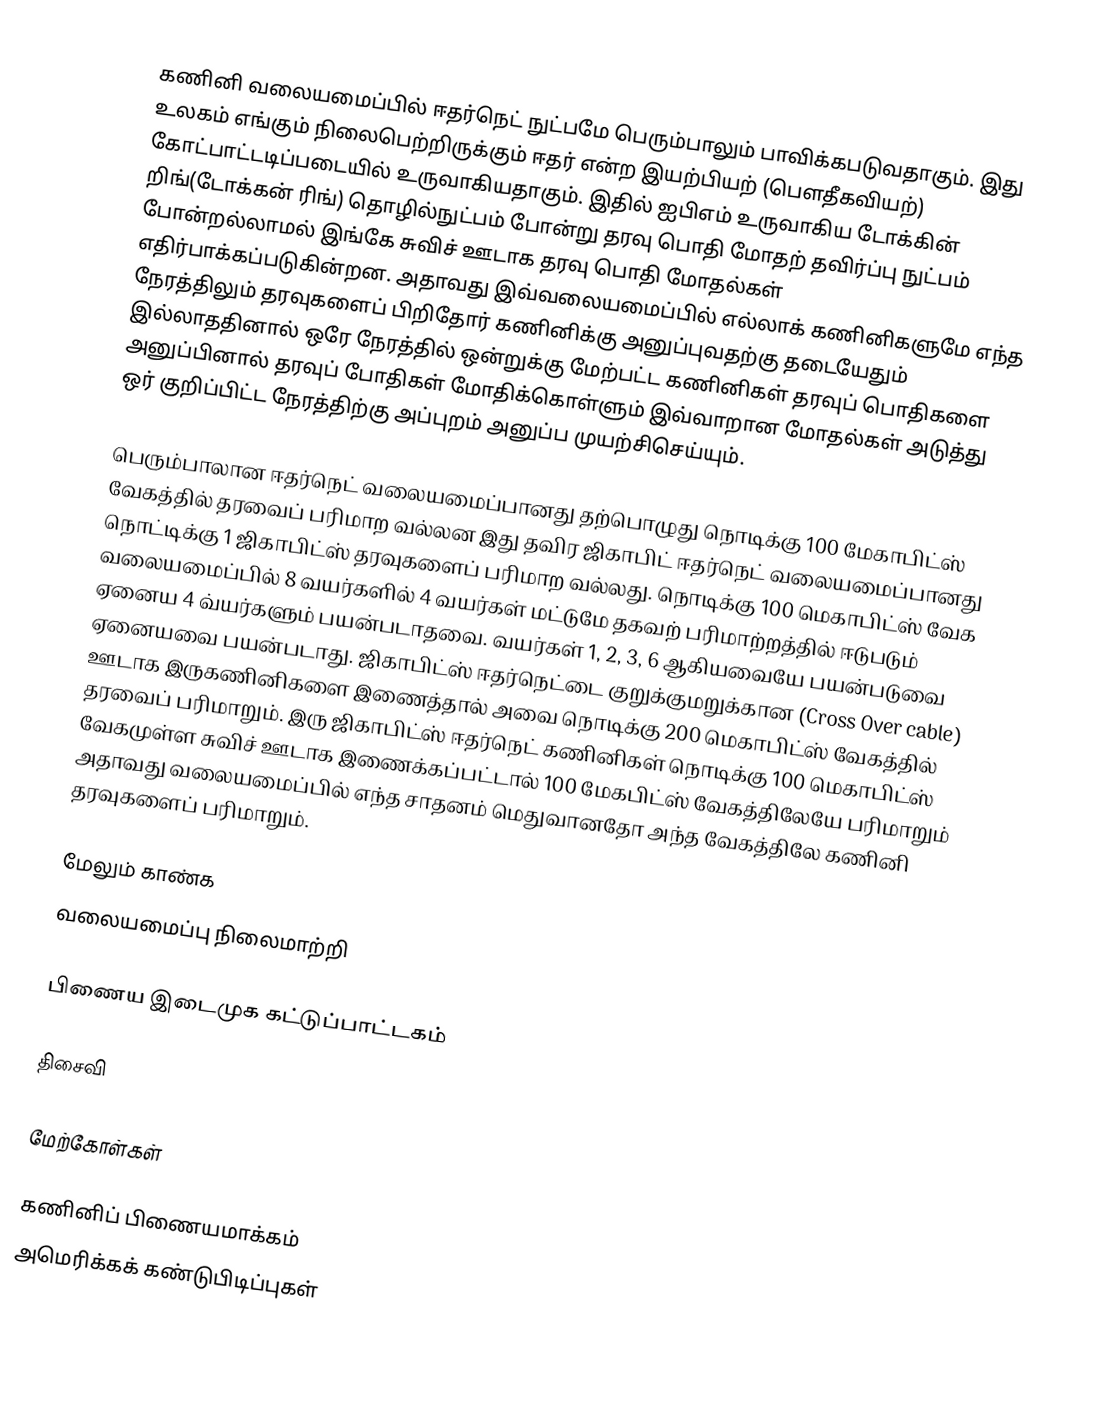
கணினி வலையமைப்பில் ஈதர்நெட் நுட்பமே பெரும்பாலும் பாவிக்கபடுவதாகும். இது உலகம்  எங்கும் நிலைபெற்றிருக்கும்  ஈதர் என்ற இயற்பியற் (பௌதீகவியற்) கோட்பாட்டடிப்படையில் உருவாகியதாகும். இதில் ஐபிஎம் உருவாகிய டோக்கின் றிங்(டோக்கன் ரிங்) தொழில்நுட்பம் போன்று தரவு பொதி மோதற் தவிர்ப்பு நுட்பம் போன்றல்லாமல் இங்கே சுவிச் ஊடாக தரவு பொதி மோதல்கள் எதிர்பாக்கப்படுகின்றன. அதாவது இவ்வலையமைப்பில் எல்லாக் கணினிகளுமே எந்த நேரத்திலும் தரவுகளைப் பிறிதோர் கணினிக்கு அனுப்புவதற்கு தடையேதும் இல்லாததினால் ஒரே நேரத்தில் ஒன்றுக்கு மேற்பட்ட கணினிகள் தரவுப் பொதிகளை அனுப்பினால் தரவுப் போதிகள் மோதிக்கொள்ளும் இவ்வாறான மோதல்கள் அடுத்து ஒர் குறிப்பிட்ட நேரத்திற்கு அப்புறம் அனுப்ப முயற்சிசெய்யும்.

பெரும்பாலான ஈதர்நெட் வலையமைப்பானது தற்பொழுது  நொடிக்கு 100 மேகாபிட்ஸ் வேகத்தில் தரவைப் பரிமாற வல்லன இது தவிர ஜிகாபிட் ஈதர்நெட் வலையமைப்பானது நொட்டிக்கு 1 ஜிகாபிட்ஸ் தரவுகளைப் பரிமாற வல்லது. நொடிக்கு 100 மெகாபிட்ஸ் வேக வலையமைப்பில் 8 வயர்களில் 4 வயர்கள் மட்டுமே  தகவற் பரிமாற்றத்தில் ஈடுபடும் ஏனைய 4 வ்யர்களும் பயன்படாதவை. வயர்கள் 1, 2, 3, 6 ஆகியவையே பயன்படுவை ஏனையவை பயன்படாது. ஜிகாபிட்ஸ் ஈதர்நெட்டை குறுக்குமறுக்கான (Cross Over cable) ஊடாக இருகணினிகளை இணைத்தால் அவை நொடிக்கு 200 மெகாபிட்ஸ் வேகத்தில் தரவைப் பரிமாறும். இரு ஜிகாபிட்ஸ் ஈதர்நெட் கணினிகள் நொடிக்கு 100 மெகாபிட்ஸ் வேகமுள்ள சுவிச் ஊடாக இணைக்கப்பட்டால் 100 மேகபிட்ஸ் வேகத்திலேயே பரிமாறும் அதாவது வலையமைப்பில் எந்த சாதனம் மெதுவானதோ அந்த வேகத்திலே கணினி தரவுகளைப் பரிமாறும்.

மேலும் காண்க
வலையமைப்பு நிலைமாற்றி

பிணைய இடைமுக கட்டுப்பாட்டகம்

திசைவி

மேற்கோள்கள்

கணினிப் பிணையமாக்கம்
அமெரிக்கக் கண்டுபிடிப்புகள்